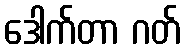
ဒေါက်တာ ဂတ်